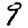
Digit: 9